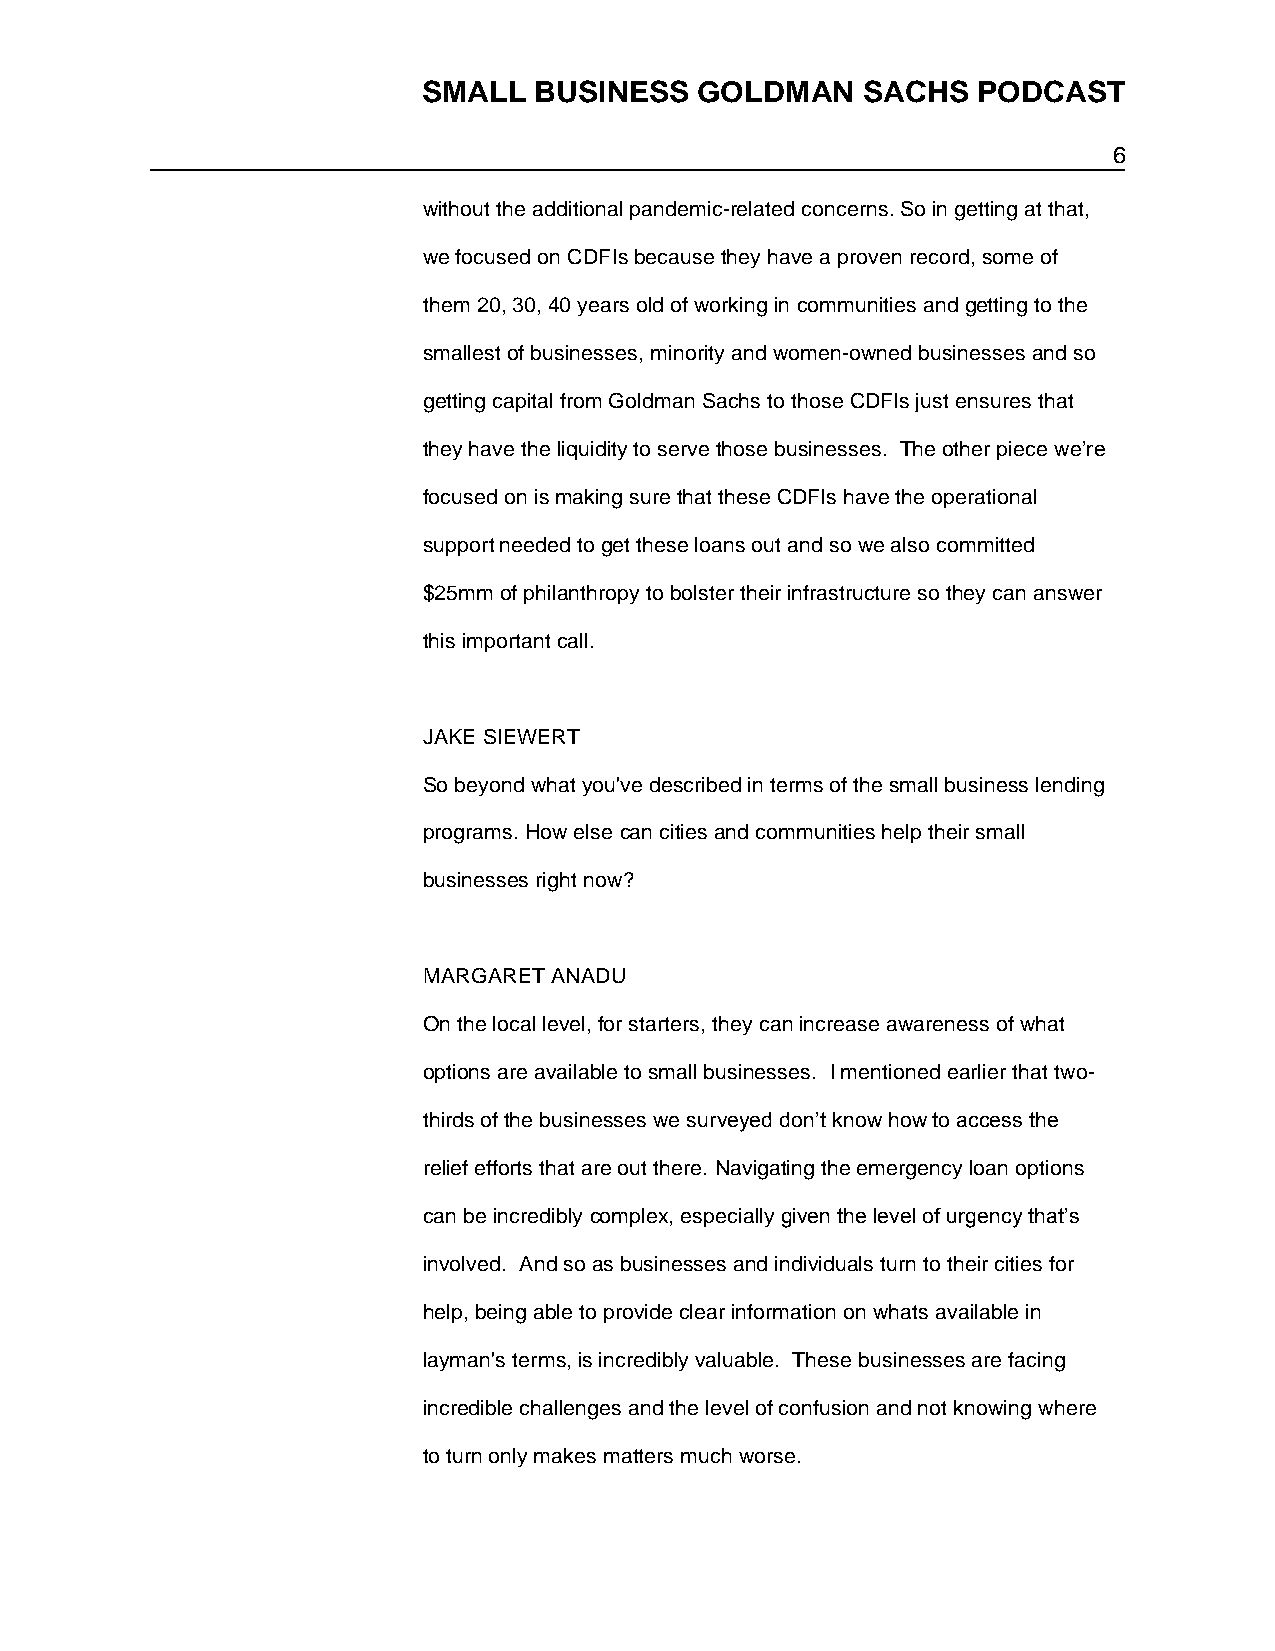
SMALL  BUSINESS   GOLDMAN    SACHS   PODCAST
 6
 without the additional pandemic-related concerns. So in getting at that,
 we focused on CDFIs because they have a proven record, some of
 them 20, 30, 40 years old of working in communities and getting to the
 smallest of businesses, minority and women-owned businesses and so
 getting capital from Goldman Sachs to those CDFIs just ensures that
 they have the liquidity to serve those businesses. The other piece we’re
 focused on is making sure that these CDFIs have the operational
 support needed to get these loans out and so we also committed
 $25mm of philanthropy to bolster their infrastructure so they can answer
 this important call.
 JAKE SIEWERT
 So beyond what you've described in terms of the small business lending
 programs. How else can cities and communities help their small
 businesses right now?
 MARGARET ANADU
 On the local level, for starters, they can increase awareness of what
 options are available to small businesses. I mentioned earlier that two-
 thirds of the businesses we surveyed don’t know how to access the
 relief efforts that are out there. Navigating the emergency loan options
 can be incredibly complex, especially given the level of urgency that’s
 involved. And so as businesses and individuals turn to their cities for
 help, being able to provide clear information on whats available in
 layman's terms, is incredibly valuable. These businesses are facing
 incredible challenges and the level of confusion and not knowing where
 to turn only makes matters much worse.